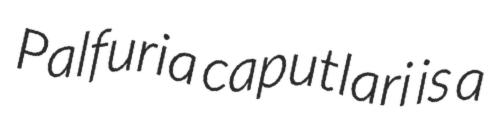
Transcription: Palfuria caputlari is a